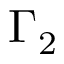
\Gamma _ { 2 }